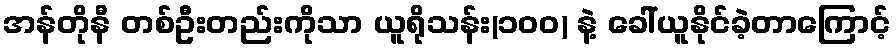
အန်တိုနီ တစ်ဦးတည်းကိုသာ ယူရိုသန်း(၁၀၀) နဲ့ ခေါ်ယူနိုင်ခဲ့တာကြောင့်